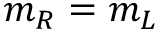
m _ { R } = m _ { L }